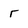
Character: r